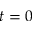
t = 0